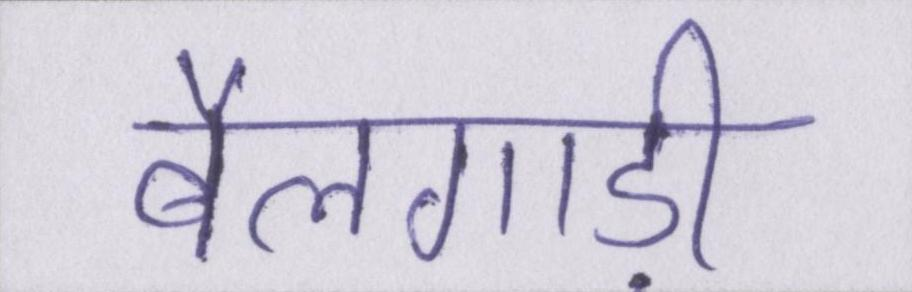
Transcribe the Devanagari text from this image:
बैलगाड़ी